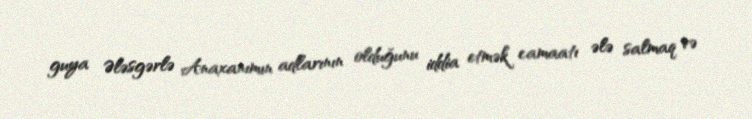
guya Ələsgərlə Anaxanımın adlarının olduğunu iddia etmək camaatı ələ salmaq və